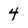
Character: 4